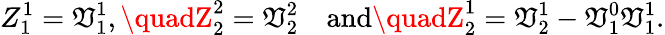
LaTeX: Z_{1}^{1}=\mathfrak{V}_{1}^{1},\quadZ_{2}^{2}=\mathfrak{V}_{2}^{2}\quad\mathrm{{and}}\quadZ_{2}^{1}=\mathfrak{V}_{2}^{1}-\mathfrak{V}_{1}^{0}\mathfrak{V}_{1}^{1}.